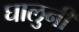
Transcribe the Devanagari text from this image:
घालुनी